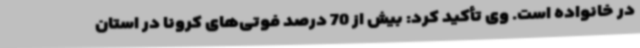
در خانواده است. وی تأکید کرد: بیش از 70 درصد فوتی‌های کرونا در استان